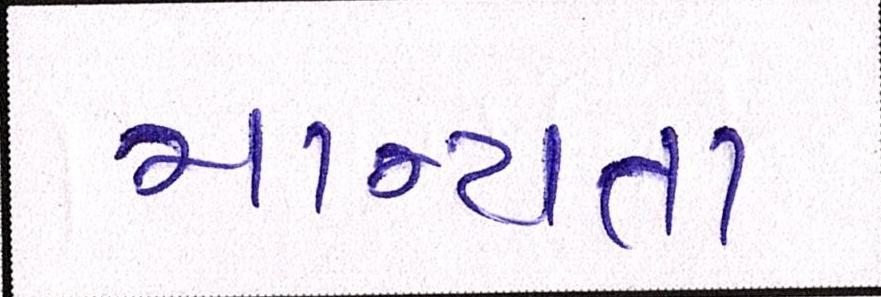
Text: માન્યતા